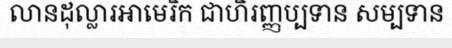
លានដុល្លារអាមេរិក ជាហិរញ្ញប្បទាន សម្បទាន